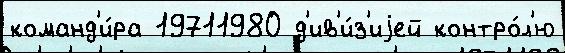
команд'и́ра 19711980 д'ив'и́з'иjей контро́л'ю